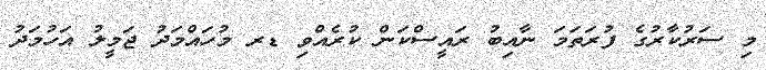
މި ސަރުކާރުގެ ފުރަތަމަ ނާއިބު ރައީސްކަން ކުރެއްވި ޑރ މުހައްމަދު ޖަމީލު އަހުމަދު